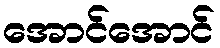
အောင်အောင်